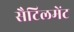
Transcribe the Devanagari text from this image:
सैटिलमेंट